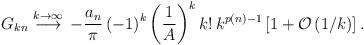
LaTeX: \begin{align*}G_{kn}\stackrel{k \rightarrow \infty}{\longrightarrow}\,-\frac{a_n}{\pi}\left(-1\right)^k \left(\frac{1}{A}\right)^k k!\, k^{p(n)-1}\left[1+{\cal O} \left(1/k \right)\right].\end{align*}